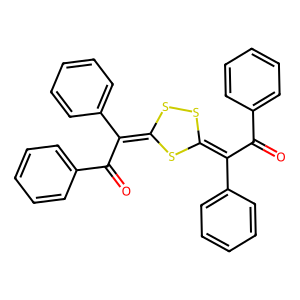
SMILES: O=C(C(=C1SSC(=C(C(=O)c2ccccc2)c2ccccc2)S1)c1ccccc1)c1ccccc1
Inhibits HIV replication: No